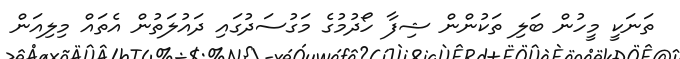
ތަނަކީ މީހުން ބަލި ތަކުންން ޝިފާ ހޯދުމުގެ މަގުސަދުގައި ދައުލަތުން އެތައް މިލިއަން